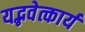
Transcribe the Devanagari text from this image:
यद्भवेत्कार्यं